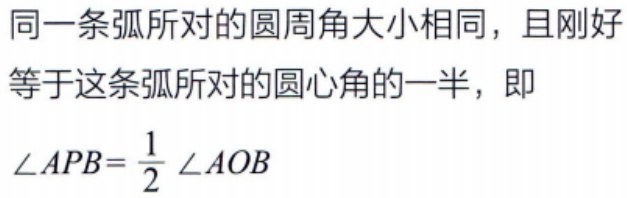
同一条弧所对的圆周角大小相同，且刚好等于这条弧所对的圆心角的一半，即
\(\angle APB = \frac{1}{2} \angle AOB\)